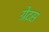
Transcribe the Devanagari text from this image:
ग्रेटस